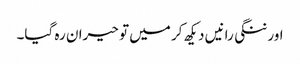
اور ننگی رانیں دیکھ کر میں تو حیران رہ گیا۔